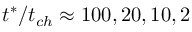
t ^ { * } / t _ { c h } \approx 1 0 0 , 2 0 , 1 0 , 2